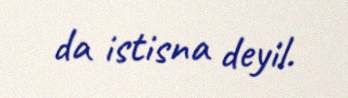
da istisna deyil.